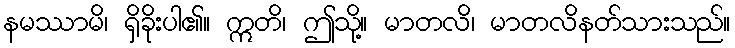
နမဿာမိ၊ ရှိခိုးပါ၏။ ဣတိ၊ ဤသို့။ မာတလိ၊ မာတလိနတ်သားသည်။